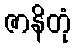
ဇာနိတုံ